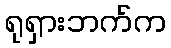
ရုရှားဘက်က